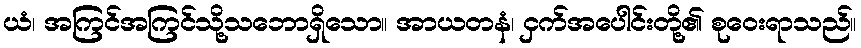
ယံ၊ အကြင်အကြင်သို့သဘောရှိသော။ အာယတနံ၊ ငှက်အပေါင်းတို့၏ စုဝေးရာသည်။